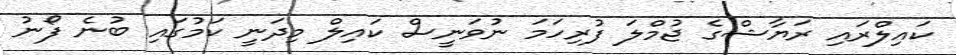
ކައިލްރައި ރަޔާޝްގެ ޖުމްލަ ފުރިހަމަ ނުވަނީސް ކައިލް މިދަނީ ކަމުގައި ބުނެ ފޯނު